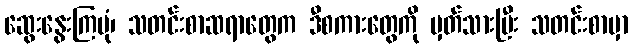
ဆွေးနွေးကြပုံ၊ သတင်းစာဆရာတွေက ဒီစကားတွေကို မှတ်သားပြီး သတင်းစာမှာ